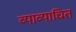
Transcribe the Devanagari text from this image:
व्याव्याचित